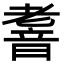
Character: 𮧹